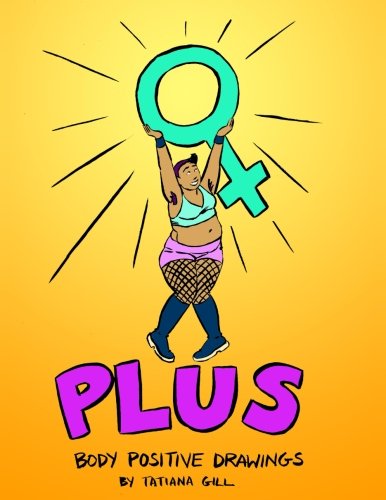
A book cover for Plus: Body Positive Drawings; Tatiana Gill; Comics & Graphic Novels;